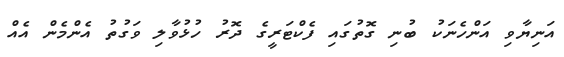
އަނިޔާވި އަންހެނަކު ބުނި ގޮތުގައި ފެކްޓަރީގެ ދޮރު ހުޅުވާލި ވަގުތު އެންމެެން އެއް